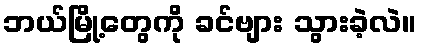
ဘယ်မြို့တွေကို ခင်ဗျား သွားခဲ့လဲ။